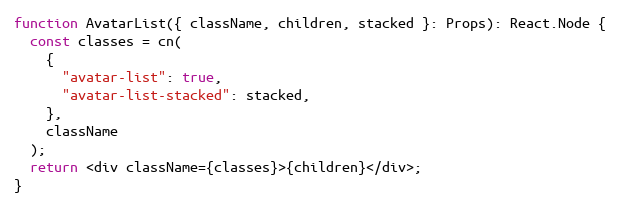
Language: JavaScript
function AvatarList({ className, children, stacked }: Props): React.Node {
  const classes = cn(
    {
      "avatar-list": true,
      "avatar-list-stacked": stacked,
    },
    className
  );
  return <div className={classes}>{children}</div>;
}